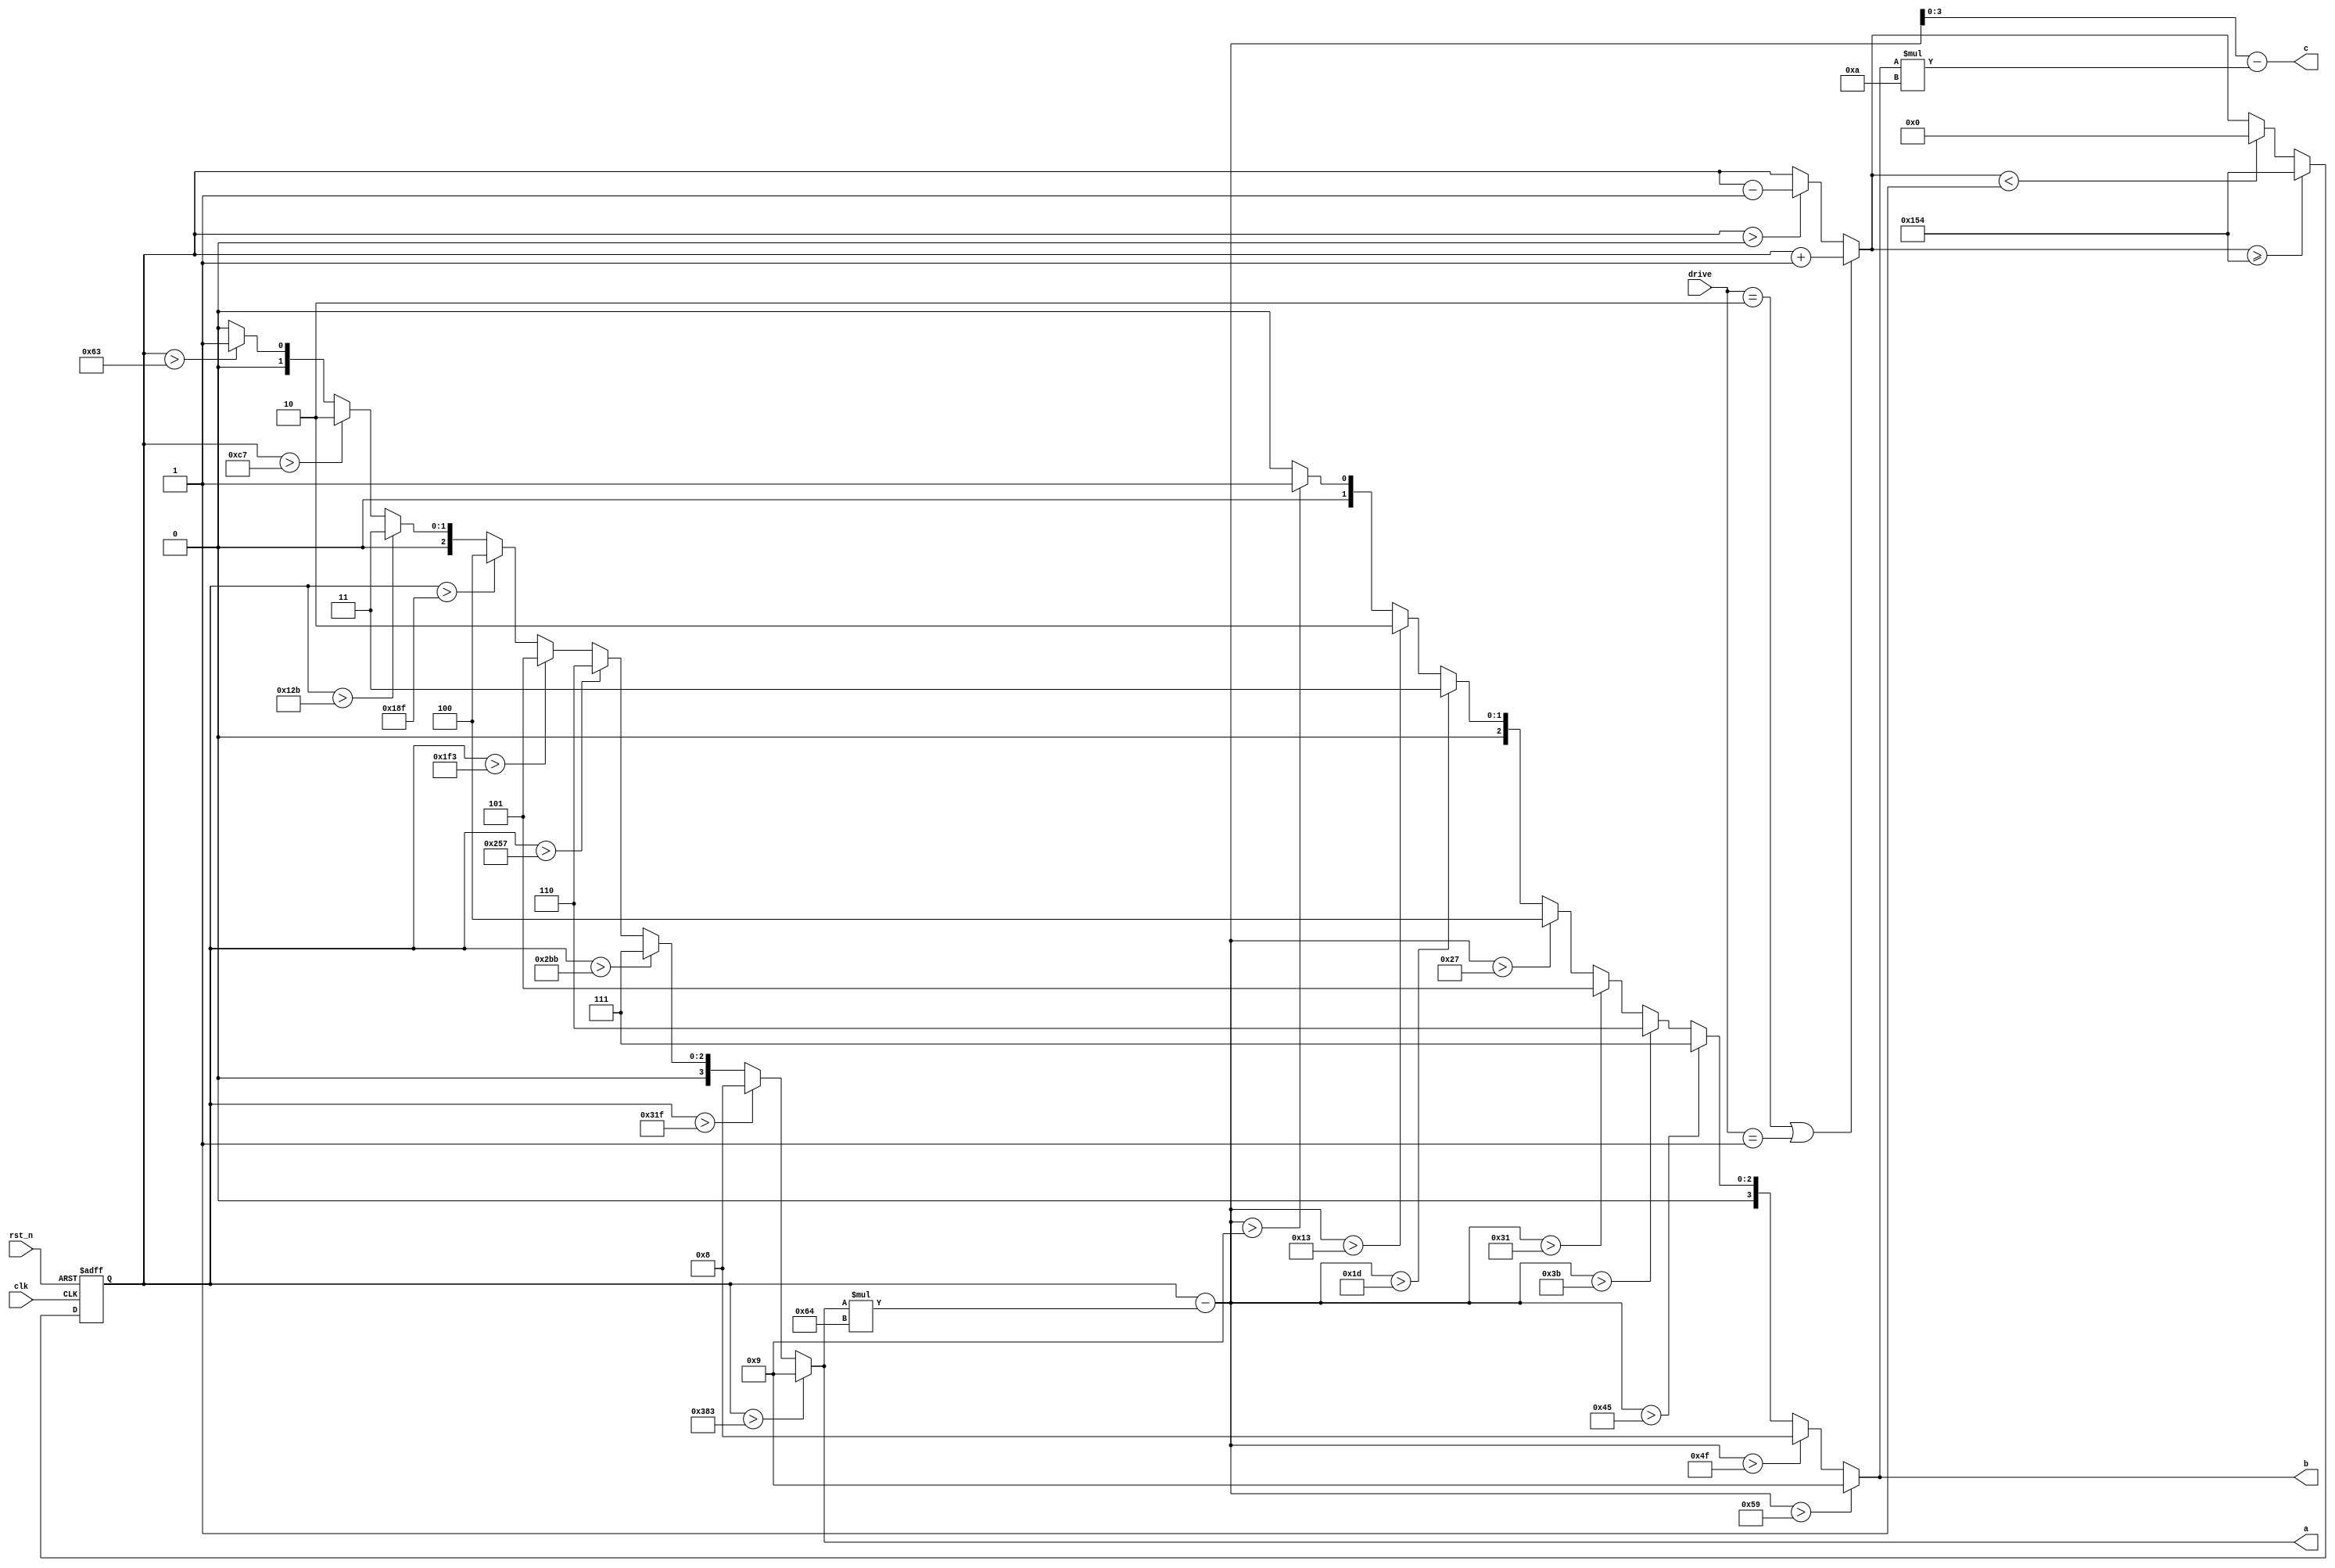
`timescale 1ns / 1ps
//////////////////////////////////////////////////////////////////////////////////
// Company: 
// Engineer: 
// 
// Design Name: 
// Module Name: counter
// Project Name: 
// Target Devices: 
// Tool Versions: 
// Description: 
// 
// Dependencies: 
// 
// Revision:
// Revision 0.01 - File Created
// Additional Comments:
// 
//////////////////////////////////////////////////////////////////////////////////


module counter(
input rst_n,
input clk,
input [1:0]drive,
output reg [3:0] a,
output reg [3:0] b,
output [3:0] c
    );
    reg [8:0]num;
    reg [8:0]num_tmp;
    always@*begin
        if((drive==2'b10)||(drive==2'b01))begin
            num_tmp = num + 1'b1;
        end    
        else begin
            if(num>9'd0)
                num_tmp = num - 1'b1;
            else
                num_tmp = num;
        end
    end
    always@(posedge clk or negedge rst_n)begin
        if(~rst_n)begin
            num <= 9'd0;
        end
        else begin
            if(num_tmp>=9'd340)
                num <= 9'd340;
            else if(num_tmp<9'd1)
                num <= 9'd0;
            else
                num <= num_tmp;
        end
    end
    
    always@*
    if(num>10'd899)
        a=4'd9;
    else if(num>10'd799)
        a=4'd8;
    else if(num>10'd699)
        a=4'd7;
    else if(num>10'd599)
        a=4'd6;
    else if(num>9'd499)
        a=4'd5;
    else if(num>9'd399)
        a=4'd4;
    else if(num>9'd299)
        a=4'd3;
    else if(num>9'd199)
        a=4'd2;
    else if(num>9'd99)
        a=4'd1;
    else 
        a=4'd0;   
    
    always@*
    if(num-(a*10'd100)>9'd89)
        b=4'd9;
    else if(num-(a*10'd100)>9'd79)
        b=4'd8;
    else if(num-(a*10'd100)>9'd69)
        b=4'd7;
    else if(num-(a*10'd100)>9'd59)
        b=4'd6;
    else if(num-(a*10'd100)>9'd49)
        b=4'd5;
    else if(num-(a*10'd100)>9'd39)
        b=4'd4;
    else if(num-(a*10'd100)>9'd29)
        b=4'd3;
    else if(num-(a*10'd100)>9'd19)
        b=4'd2;
    else if(num-(a*10'd100)>9'd9)
        b=4'd1;
    else 
        b=4'd0;             

   assign c = num-(a*10'd100)-(b*4'd10);
   
endmodule